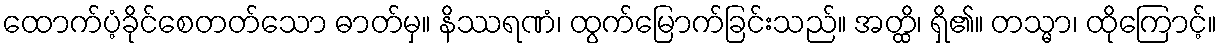
ထောက်ပံ့ခိုင်စေတတ်သော ဓာတ်မှ။ နိဿရဏံ၊ ထွက်မြောက်ခြင်းသည်။ အတ္ထိ၊ ရှိ၏။ တသ္မာ၊ ထိုကြောင့်။